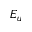
E _ { u }